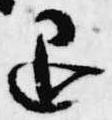
退